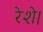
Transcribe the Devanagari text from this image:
रेशे।